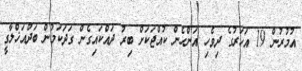
އުމުރުން 19 އަހަރުގެ ދިވެހި އަންހެން ކުއްޖަކަށް ބިރު ދައްކައިގެން ގަދަކަމުން ބަދުއަޚްލާގީ